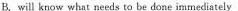
B. will know what needs to be done immediately